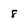
Character: 8